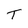
Character: t